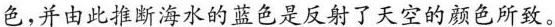
色，并由此推断海水的蓝色是反射了天空的颜色所致。